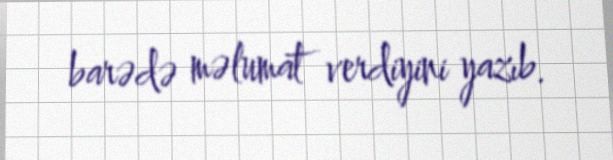
barədə məlumat verdiyini yazıb.